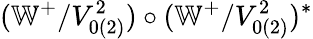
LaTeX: (\mathbb{W}^{+}/V_{0(2)}^{2})\circ(\mathbb{W}^{+}/V_{0(2)}^{2})^{\ast}